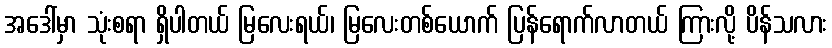
အဒေါ်မှာ သုံးစရာ ရှိပါတယ် မြလေးရယ်၊ မြလေးတစ်ယောက် ပြန်ရောက်လာတယ် ကြားလို့ ပိန်သလား